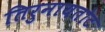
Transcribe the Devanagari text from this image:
तिरुनायतोट